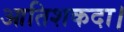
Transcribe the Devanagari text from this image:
आतिशकदा।